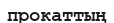
прокаттың